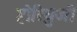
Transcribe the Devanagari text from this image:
होरियुजी